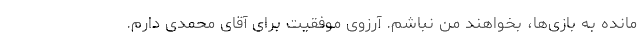
مانده به بازی‌ها، بخواهند من نباشم. آرزوی موفقیت برای آقای محمدی دارم.